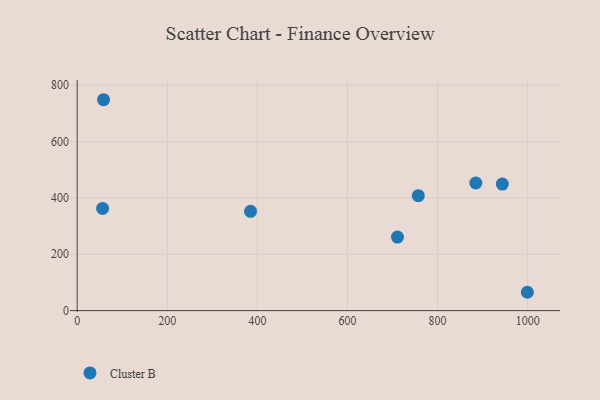
{"axis": {"x": "Experience", "y": "Rating"}, "legend": ["Cluster B"], "data": [{"x": "58.6", "y": 748.4, "type": "Cluster B"}, {"x": "384.8", "y": 352.4, "type": "Cluster B"}, {"x": "56.5", "y": 362.6, "type": "Cluster B"}, {"x": "884.8", "y": 452.8, "type": "Cluster B"}, {"x": "710.9", "y": 261.0, "type": "Cluster B"}, {"x": "943.6", "y": 449.1, "type": "Cluster B"}, {"x": "999.2", "y": 65.0, "type": "Cluster B"}, {"x": "757.1", "y": 407.9, "type": "Cluster B"}]}